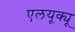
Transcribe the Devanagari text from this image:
एलयूक्यू